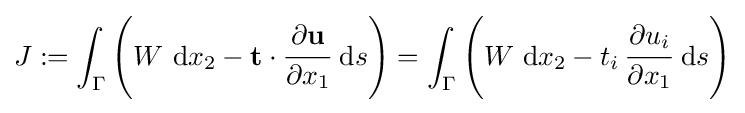
J:=\int _{\Gamma }\left(W~\mathrm {d} x_{2}-\mathbf {t} \cdot {\cfrac {\partial \mathbf {u} }{\partial x_{1}}}~\mathrm {d} s\right)=\int _{\Gamma }\left(W~\mathrm {d} x_{2}-t_{i}\,{\cfrac {\partial u_{i}}{\partial x_{1}}}~\mathrm {d} s\right)